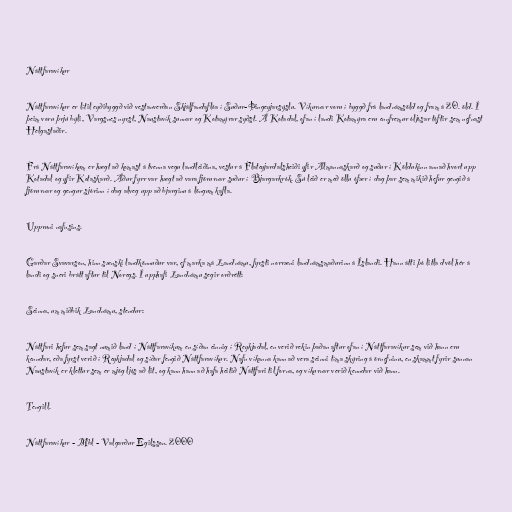
Náttfaravíkur

Náttfaravíkur er lítil eyðibyggð við vestanverðan Skjálfandaflóa í Suður-Þingeyjarsýslu. Víkurnar voru í byggð frá landnámsöld og fram á 20. öld. Í
þeim voru þrjú býli, Vargsnes nyrst, Naustavík sunnar og Kotamýrar syðst. Á Kotadal, ofan í landi Kotamýra eru ennfremur óljósar tóftir sem nefnast
Helgastaðir.

Frá Náttfaravíkum er hægt að komast á tvenna vegu landleiðina, vestur á Flateyjardalsheiði yfir Almannaskarð og suður í Köldukinn annað hvort upp
Kotadal og yfir Kotaskarð. Áður fyrr var hægt að vara fjörurnar suður í Bjargarkrók. Sú leið er með öllu ófær í dag þar sem mikið hefur gengið á
fjörurnar og gengur sjórinn í dag alveg upp að bjarginu á löngum kafla.

Uppruni nafnsins.

Garðar Svavarson, hinn sænski landkönnuður var, ef marka má Landnámu, fyrsti norræni landnámsmaðurinn á Íslandi. Hann átti þó litla dvöl hér á
landi og sneri brátt aftur til Noregs. Í upphafi Landnámu segir orðrétt:

Seinna, um miðbik Landnámu, stendur:

Náttfari hefur sem sagt numið land í Náttfaravíkum en síðan einnig í Reykjadal, en verið rekin þaðan aftur ofan í Náttfaravíkur sem við hann eru
kenndar, eða fyrst verið í Reykjadal og síðar fengið Náttfaravíkur. Nafn víkanna kann að vera seinni tíma skýring á örnefninu, en skammt fyrir sunnan
Naustavík er klettur sem er mjög ljós að lit, og kann hann að hafa heitið Náttfari til forna, og víkurnar verið kenndar við hann.

Tengill.

Náttfaravíkur - Mbl - Valgarður Egilsson. 2000